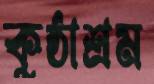
কুষ্ঠাশ্রম